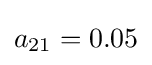
a_{21}=0.05